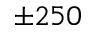
\pm 2 5 0